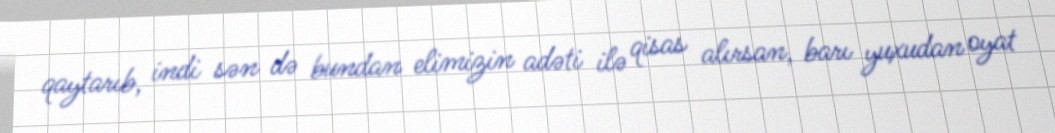
qaytarıb, indi sən də bundan elimizin adəti ilə qisas alırsan, barı yuxudan oyat